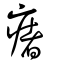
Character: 瘏